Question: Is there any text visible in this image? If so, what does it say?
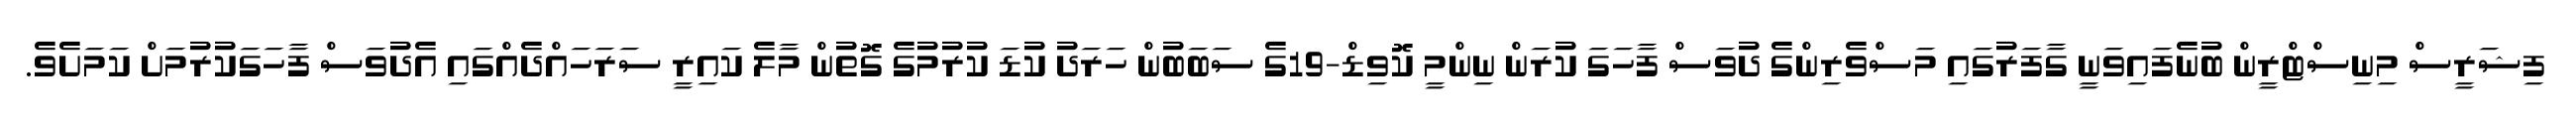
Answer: ފިޝަރީސް މިނިސްޓްރީން ބުނެފައިވަނީ ގާފަރުގައި މަސްވެރިންގެ ދުވަސް ފާހަގަ ކުރަން ނިންމީ ކޮވިޑް-19ގެ ސަބަބުން ހަރަދު ކުޑަ ކުރުމުގެ ގޮތުން މާލެ ކައިރީ ސަރަހައްދެއްގައި އެދުވަސް ފާހަގަކުރުމަށް ކަމަށެވެ.